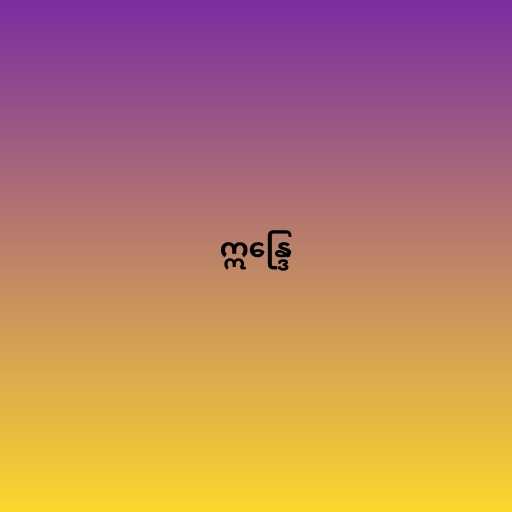
ဣန္ဒြေ